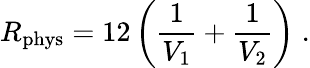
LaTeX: R_{\mathrm{phys}}=12\left(\frac{1}{V_{1}}+\frac{1}{V_{2}}\right)\; .